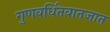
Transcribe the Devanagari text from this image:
गुणवर्धितवातजात